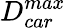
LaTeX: D_{car}^{max}